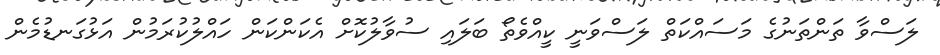
ލަސްވާ ތަންތަނުގެ މަސައްކަތް ލަސްވަނީ ކީއްވެތޯ ބަލައި ސުވާލުކޮށް އެކަންކަން ހައްލުކުރަމުން އަޅުގަނޑުމެން